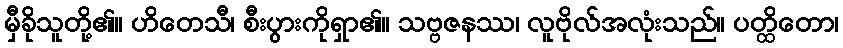
မှီခိုသူတို့၏။ ဟိတေသီ၊ စီးပွားကိုရှာ၏။ သဗ္ဗဇနဿ၊ လူဗိုလ်အလုံးသည်။ ပတ္ထိတော၊